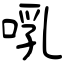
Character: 啂